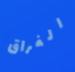
الفراق